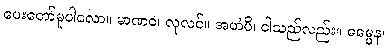
ပေးတော်မူပါလော။ မာဏဝ၊ လုလင်။ အဟံပိ၊ ငါသည်လည်း။ ဓမ္မေန၊